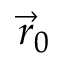
\vec { r } _ { 0 }